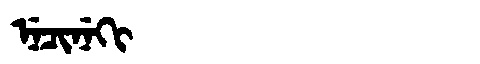
Manchu: ᠨᡝᠴᡳᠨᡝᡴᡳ
Romanization: NECINEKI